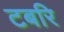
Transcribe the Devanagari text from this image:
टबरि